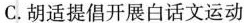
C.胡适提倡开展白话文运动